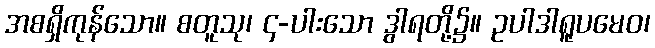
အစရှိကုန်သော။ စတူသု၊ ၄-ပါးသော ဒွါရတို့၌။ ဥပါဒါရူပမေဝ၊